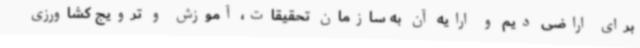
برای اراضی دیم و ارایه آن به سازمان تحقیقات، آموزش و ترویج کشاورزی